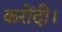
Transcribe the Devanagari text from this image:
करोंदी।